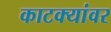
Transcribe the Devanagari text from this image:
काटक्यांवर